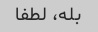
بله، لطفا